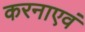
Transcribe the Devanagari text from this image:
करनाएवं